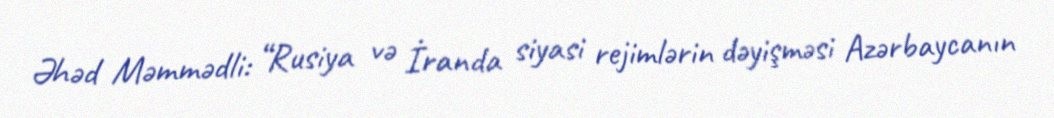
Əhəd Məmmədli: “Rusiya və İranda siyasi rejimlərin dəyişməsi Azərbaycanın